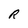
Character: R